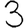
Digit: 3